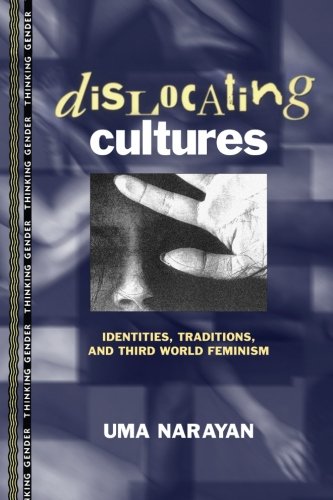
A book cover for Dislocating Cultures: Identities, Traditions, and Third World Feminism (Thinking Gender); Uma Narayan; Gay & Lesbian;